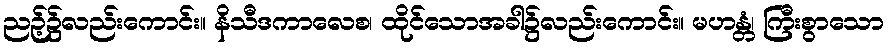
ညဉ့်၌လည်းကောင်း။ နိသီဒကာလေစ၊ ထိုင်သောအခါ၌လည်းကောင်း။ မဟန္တံ၊ ကြီးစွာသော